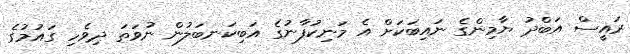
ރައީސް އަބްދު ޔާމިންގެ ނައިބަކަށް އެ މަނިކުފާނުގެ އަބިކަނބަލުން ނުވަތަ ދިވެހި ގައުމުގެ